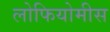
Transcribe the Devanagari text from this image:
लोफियोमीस